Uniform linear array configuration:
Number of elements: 4
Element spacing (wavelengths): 0.5
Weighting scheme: hamming
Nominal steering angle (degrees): -45
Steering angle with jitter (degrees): -45.808
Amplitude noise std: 0.05
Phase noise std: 0.05

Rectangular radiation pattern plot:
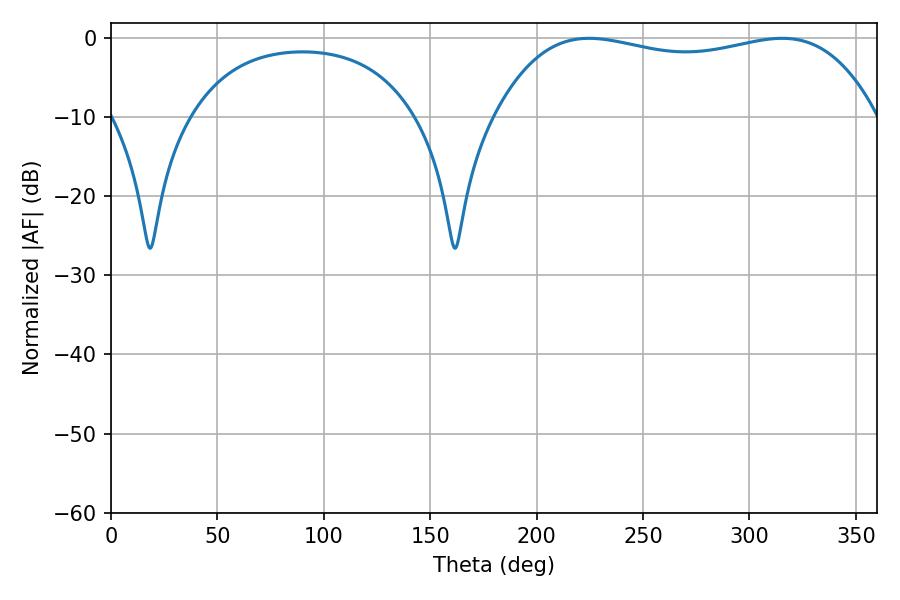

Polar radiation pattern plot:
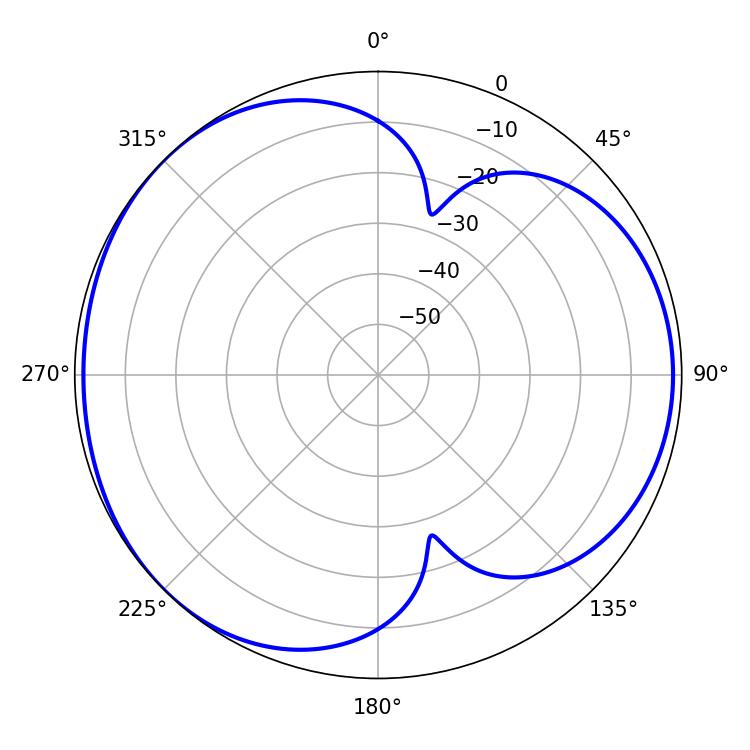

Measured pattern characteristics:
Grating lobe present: FALSE
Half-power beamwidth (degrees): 144.36
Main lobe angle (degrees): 224.64